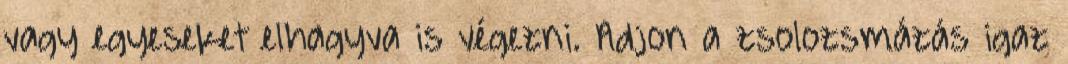
vagy egyeseket elhagyva is végezni. Adjon a zsolozsmázás igaz